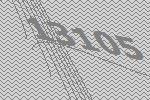
13105